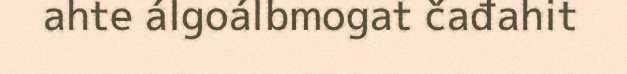
ahte álgoálbmogat čađahit